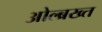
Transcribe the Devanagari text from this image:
ओल्ब्रख्त